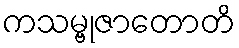
ကသမ္ဗုဇာတောတိ